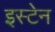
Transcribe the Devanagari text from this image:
इस्टेन